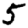
Digit: 5